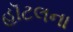
હૉટલના